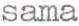
sama